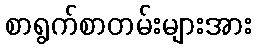
စာရွက်စာတမ်းများအား